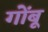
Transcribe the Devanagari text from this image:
गोंबू